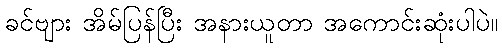
ခင်ဗျား အိမ်ပြန်ပြီး အနားယူတာ အကောင်းဆုံးပါပဲ။